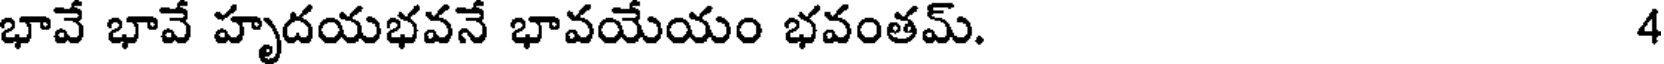
భావే భావే హృదయభవనే భావయేయం భవంతమ్. 4